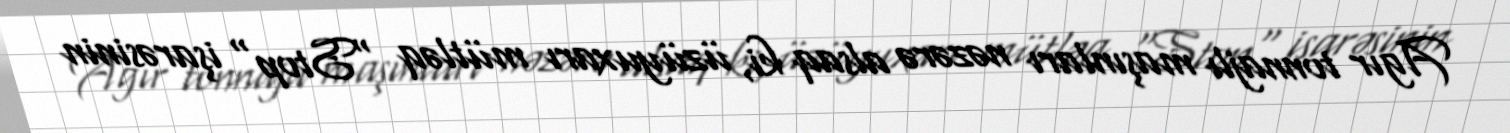
Agır tonnajlı maşınları nəzərə alsaq ki, üzüyuxarı mütləq "Stop" işarəsinin